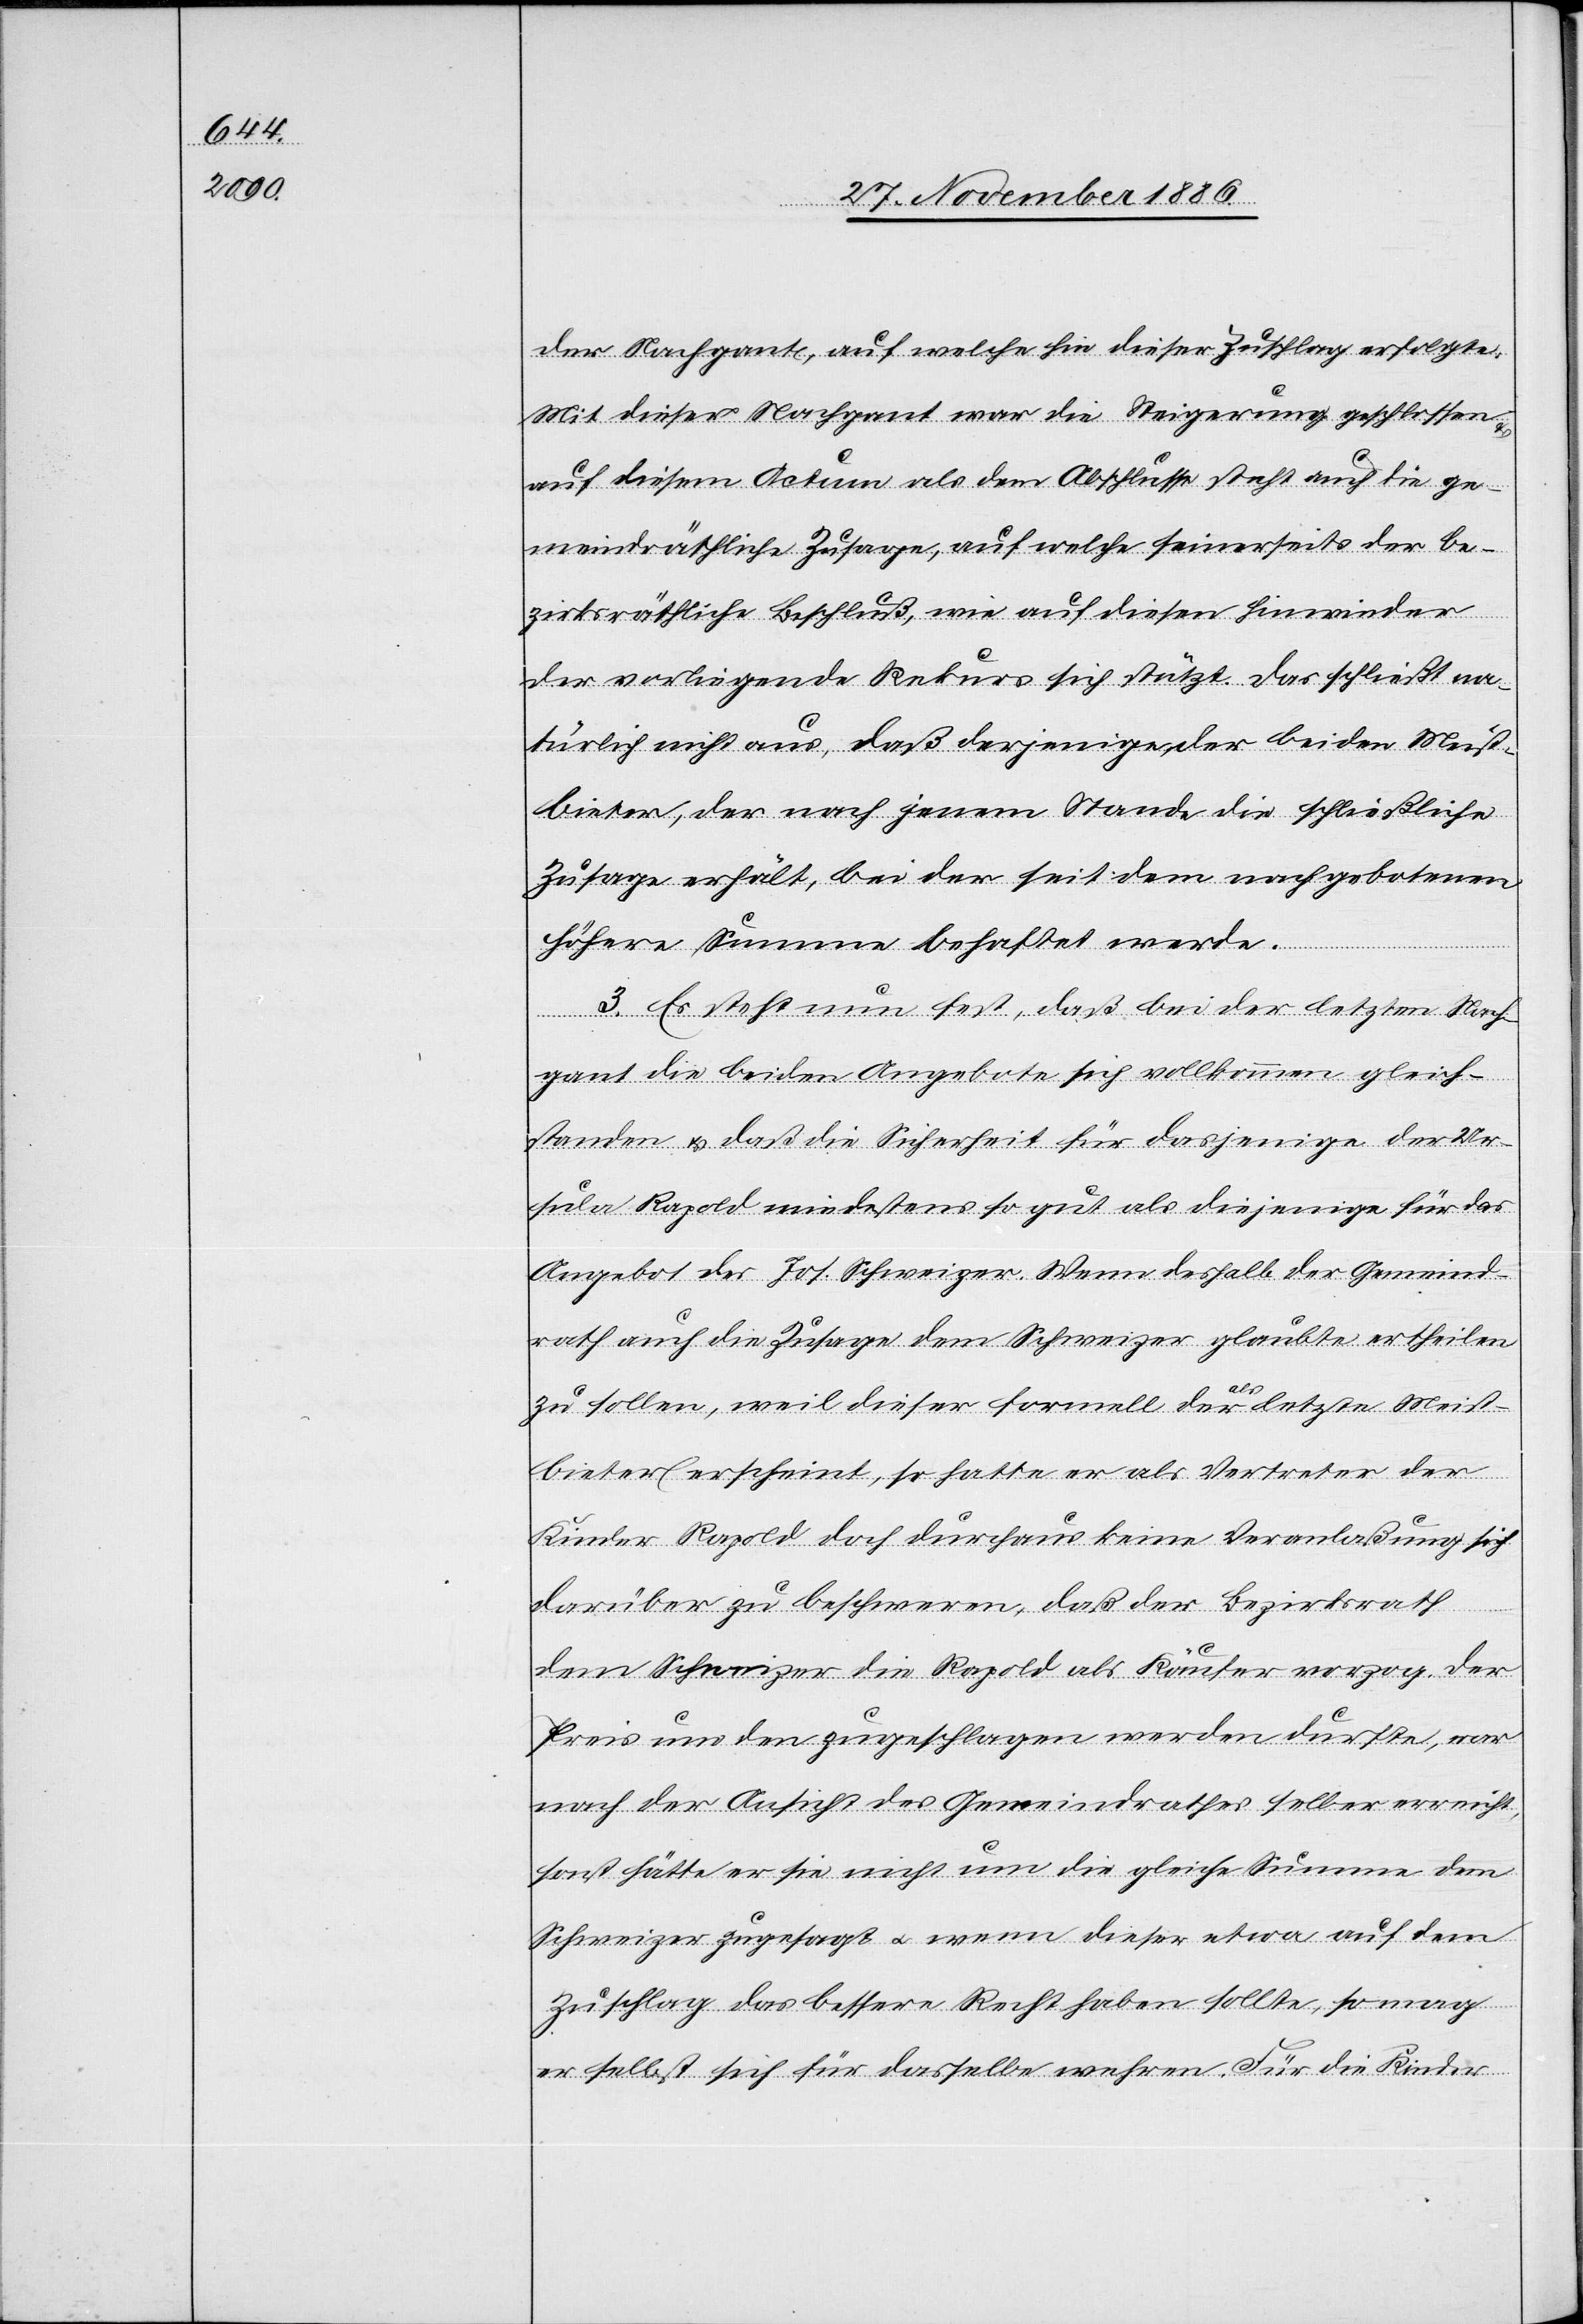
Nachgant, auf welche hin dieser Zuschlag erfolgte.
Mit dieser Nachgant war die Steigerung geschlossen
auf diesem Actum als dem Abschlusse steht auch die ge¬
meindräthliche Zusage, auf welche seinerseits der be¬
zirksräthliche Beschluß, wie auf diesen hinwieder
der vorliegende Rekurs sich stützt. Das schließt na¬
türlich nicht aus, daß derjenige, der beiden Meist¬
bieter, der nach jenem Stande die schließliche
Zusage erhält, bei der seitdem nachgebotenen
höhere[n] Summe behaftet werde.
3. Es steht nun fest, daß bei der letzten Nach¬
gant die beiden Angebote sich vollkommen gleich¬
standen & daß die Sicherheit für dasjenige der Ur¬
sula Rapold mindestens so gut als diejenige für das
Angebot des Jos. Schweizer. Wenn deshalb der Gemeind¬
rath auch die Zusage dem Schweizer glaubte ertheilen
der
zu sollen, weil dieser formell der als letzte Meist¬
bieter erscheint [sic!], so hatte er als Vertreter der
Kinder Rapold doch durchaus keine Veranlaßung sich
darüber zu beschweren, daß der Bezirksrath
dem Schweizer die Rapold als Käufer vorzog. Der
Preis um den zugeschlagen werden durfte, war
nach der Ansicht des Gemeindrathes selber erreicht,
sonst hätte er sie nicht um die gleiche Summe dem
Schweizer zugesagt & wenn dieser etwa auf dem
Zuschlag das bessere Recht haben sollte, so mag
er selbst sich für dasselbe wehren. Für die Kinder